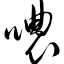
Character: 哝